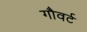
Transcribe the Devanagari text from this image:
गौवर्ट